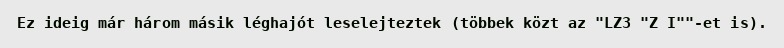
Ez ideig már három másik léghajót leselejteztek (többek közt az "LZ3 "Z I""-et is).